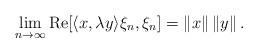
LaTeX: \begin{align*}\lim_{n \to \infty}{\rm Re}[ \langle x, \lambda y\rangle \xi_{n}, \xi_{n} ] = \left\| x \right\|\left\| y \right\|.\end{align*}